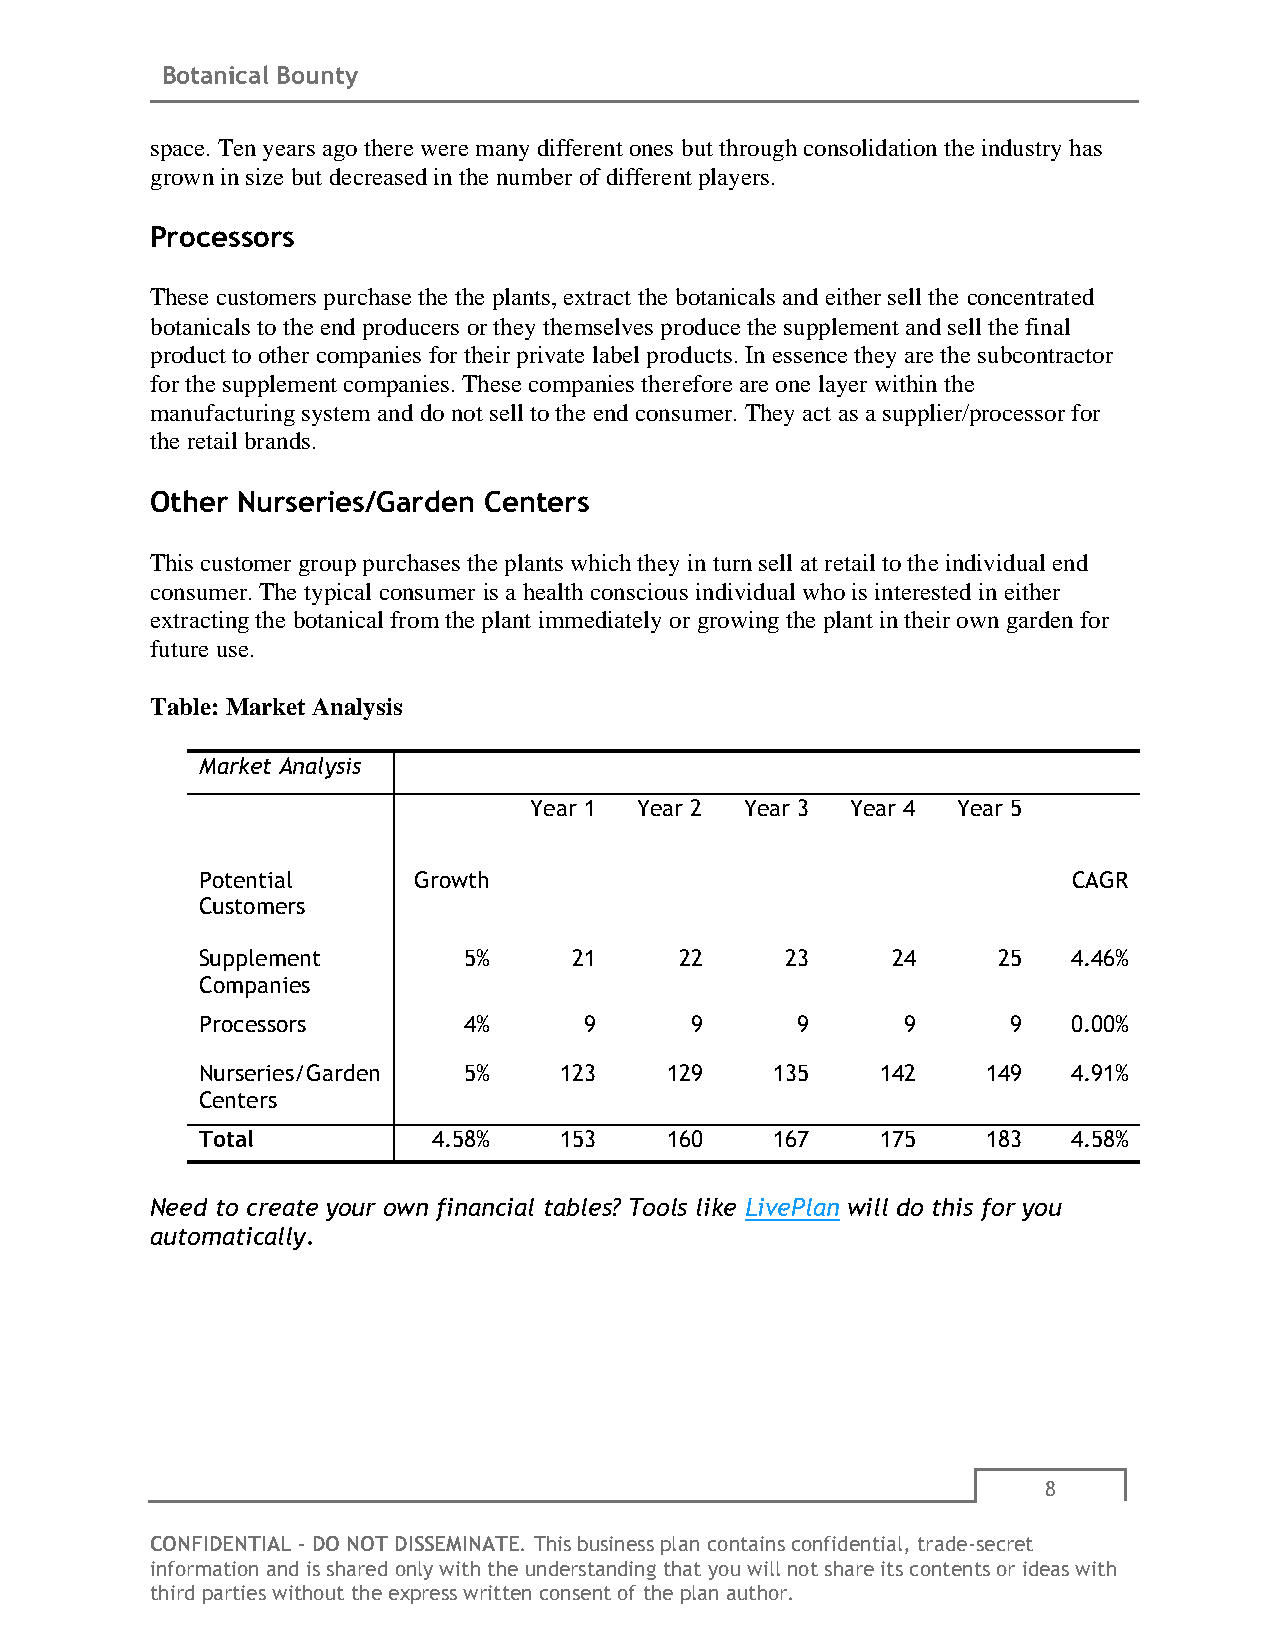
Botanical Bounty
 space. Ten years ago there were many different o nes but through consolidation the industry has
 grown in size but decreased in the number of different players.
 Processors
 These customers purchase the the plants, extract the botanicals and either sell the concentrated
 botanicals to the end producers or they themselves produce the supplement and sell the final
 product to other companies for their private label products. In essence they are the subcontractor
 for the supplement companies. These companies therefore are one layer within the
 manufacturing system and do not sell to the end consumer. They act as a supplier/processor for
 the retail brands.
 Other Nurseries/Garden Centers
 This customer group purchases the plants which they in turn sell at retail to the individual end
 consumer. The typical consumer is a health conscious individual who is interested in either
 extracting the botanical from the plant immediately or growing the plant in their own garden for
 future use.
 Table: Market Analysis
 Market Analysis
 Year 1 Year 2 Year 3 Year 4 Year 5
 Potential     Growth                                      CAGR
 Customers
 Supplement        5%     21     22     23     24     25   4.46%
 Companies
 Processors        4%      9      9      9      9      9   0.00%
 Nurseries/Garden  5%    123    129    135    142    149   4.91%
 Centers
 Total           4.58%   153    160    167    175    183   4.58%
 Need to create your own financial tables? Tools like LivePlan will do this for you
 automatically.
 8
 CONFIDENTIAL - DO NOT DISSEMINATE. This business plan contains confidential, trade-secret
 information and is shared only with the understanding that you will not share its contents or ideas with
 third parties without the express written consent of the plan author.